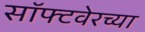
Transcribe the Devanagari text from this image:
सॉफ्टवेरच्या